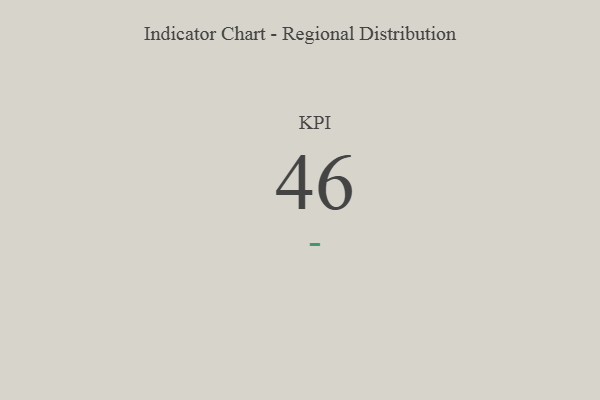
{"axis": {"x": "KPI", "y": "Value"}, "legend": [""], "data": [{"x": "KPI", "y": 46, "type": ""}]}